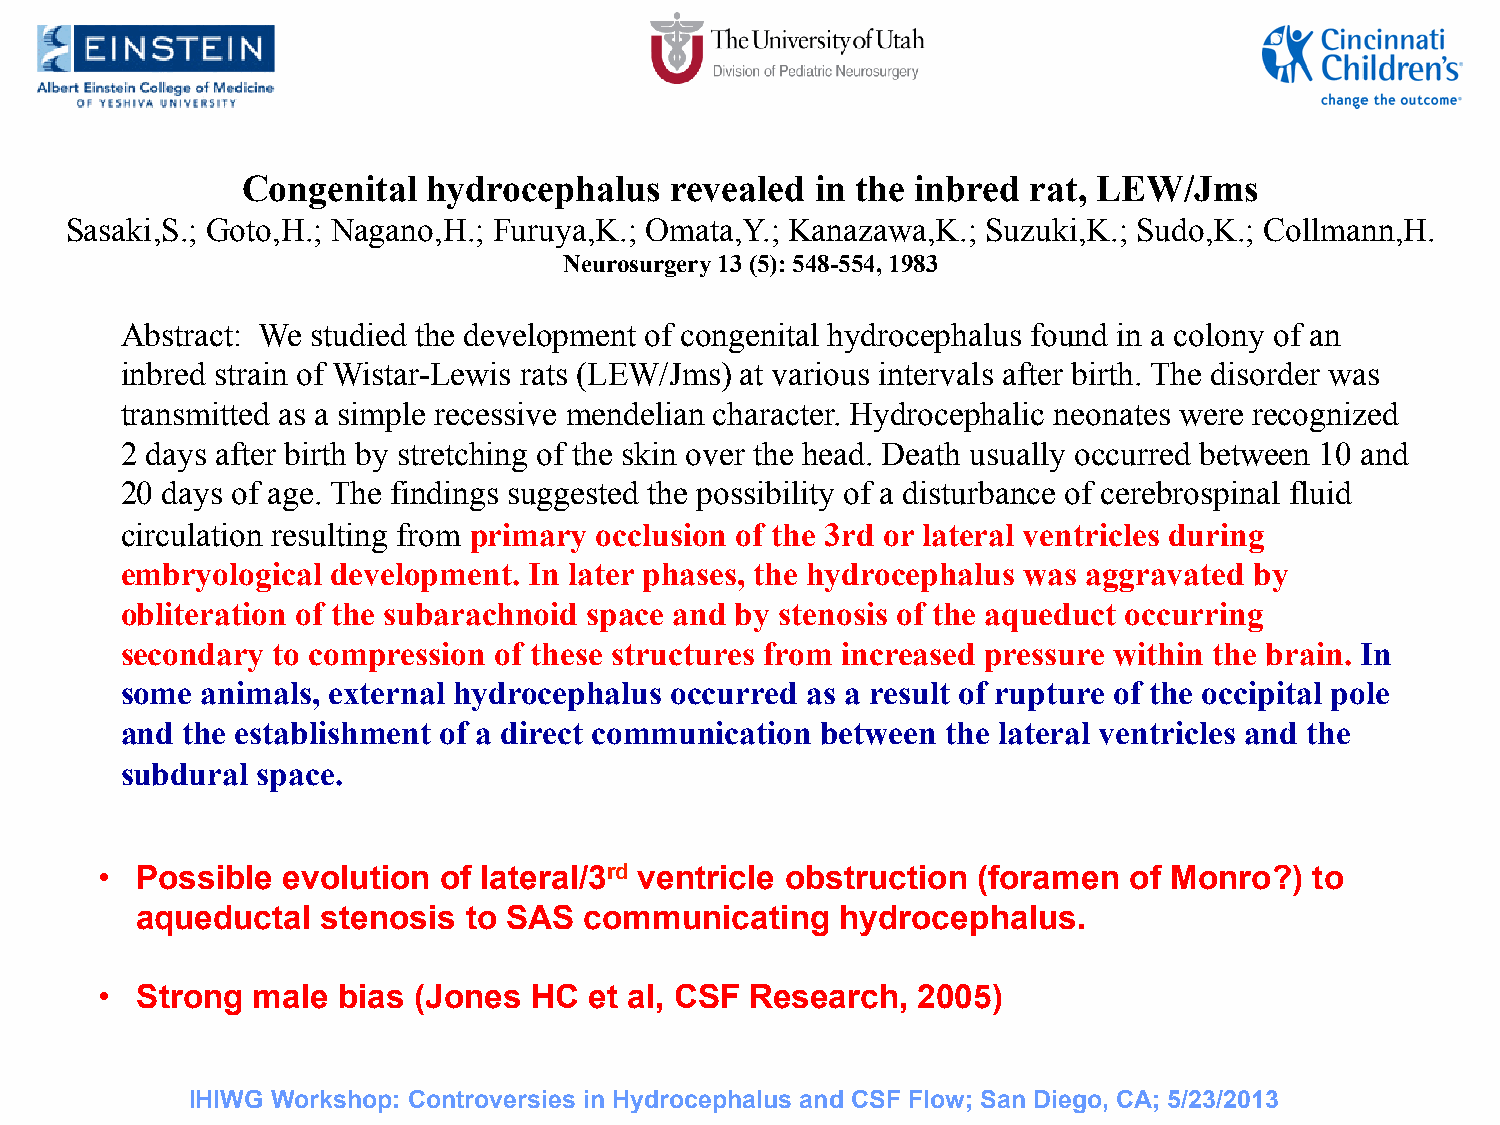
Congenital  hydrocephalus   revealed  in the inbred rat, LEW/Jms
 Sasaki,S.; Goto,H.; Nagano,H.; Furuya,K.; Omata,Y.; Kanazawa,K.; Suzuki,K.; Sudo,K.; Collmann,H.
 Neurosurgery 13 (5): 548-554, 1983
 Abstract: We studied the development of congenital hydrocephalus found in a colony of an
 inbred strain of Wistar-Lewis rats (LEW/Jms) at various intervals after birth. The disorder was
 transmitted as a simple recessive mendelian character. Hydrocephalic neonates were recognized
 2 days after birth by stretching of the skin over the head. Death usually occurred between 10 and
 20 days of age. The findings suggested the possibility of a disturbance of cerebrospinal fluid
 circulation resulting from primary occlusion of the 3rd or lateral ventricles during
 embryological development. In later phases, the hydrocephalus was aggravated by
 obliteration of the subarachnoid space and by stenosis of the aqueduct occurring
 secondary to compression of these structures from increased pressure within the brain. In
 some animals, external hydrocephalus occurred as a result of rupture of the occipital pole
 and the establishment of a direct communication between the lateral ventricles and the
 subdural space.
 • Possible  evolution of lateral/3rd ventricle obstruction (foramen of Monro?)  to
 aqueductal  stenosis  to SAS  communicating    hydrocephalus.
 • Strong  male bias (Jones  HC  et al, CSF Research,  2005)
 IHIWG Workshop: Controversies in Hydrocephalus and CSF Flow; San Diego, CA; 5/23/2013